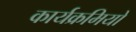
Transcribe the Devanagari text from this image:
कार्यक्रमियों